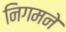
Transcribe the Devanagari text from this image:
निगमने